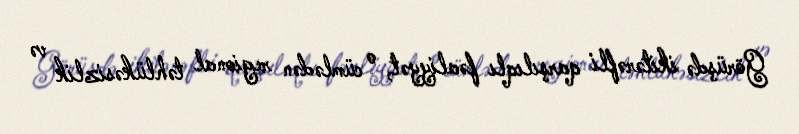
Görüşdə ikitərəfli qarşılıqlı fəaliyyət, o cümlədən regional təhlükəsizlik və